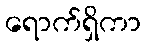
ရောက်ရှိကာ